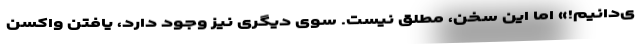
ی‌دانیم!» اما این سخن، مطلق نیست. سوی دیگری نیز وجود دارد، یافتن واکسن